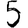
Digit: 5